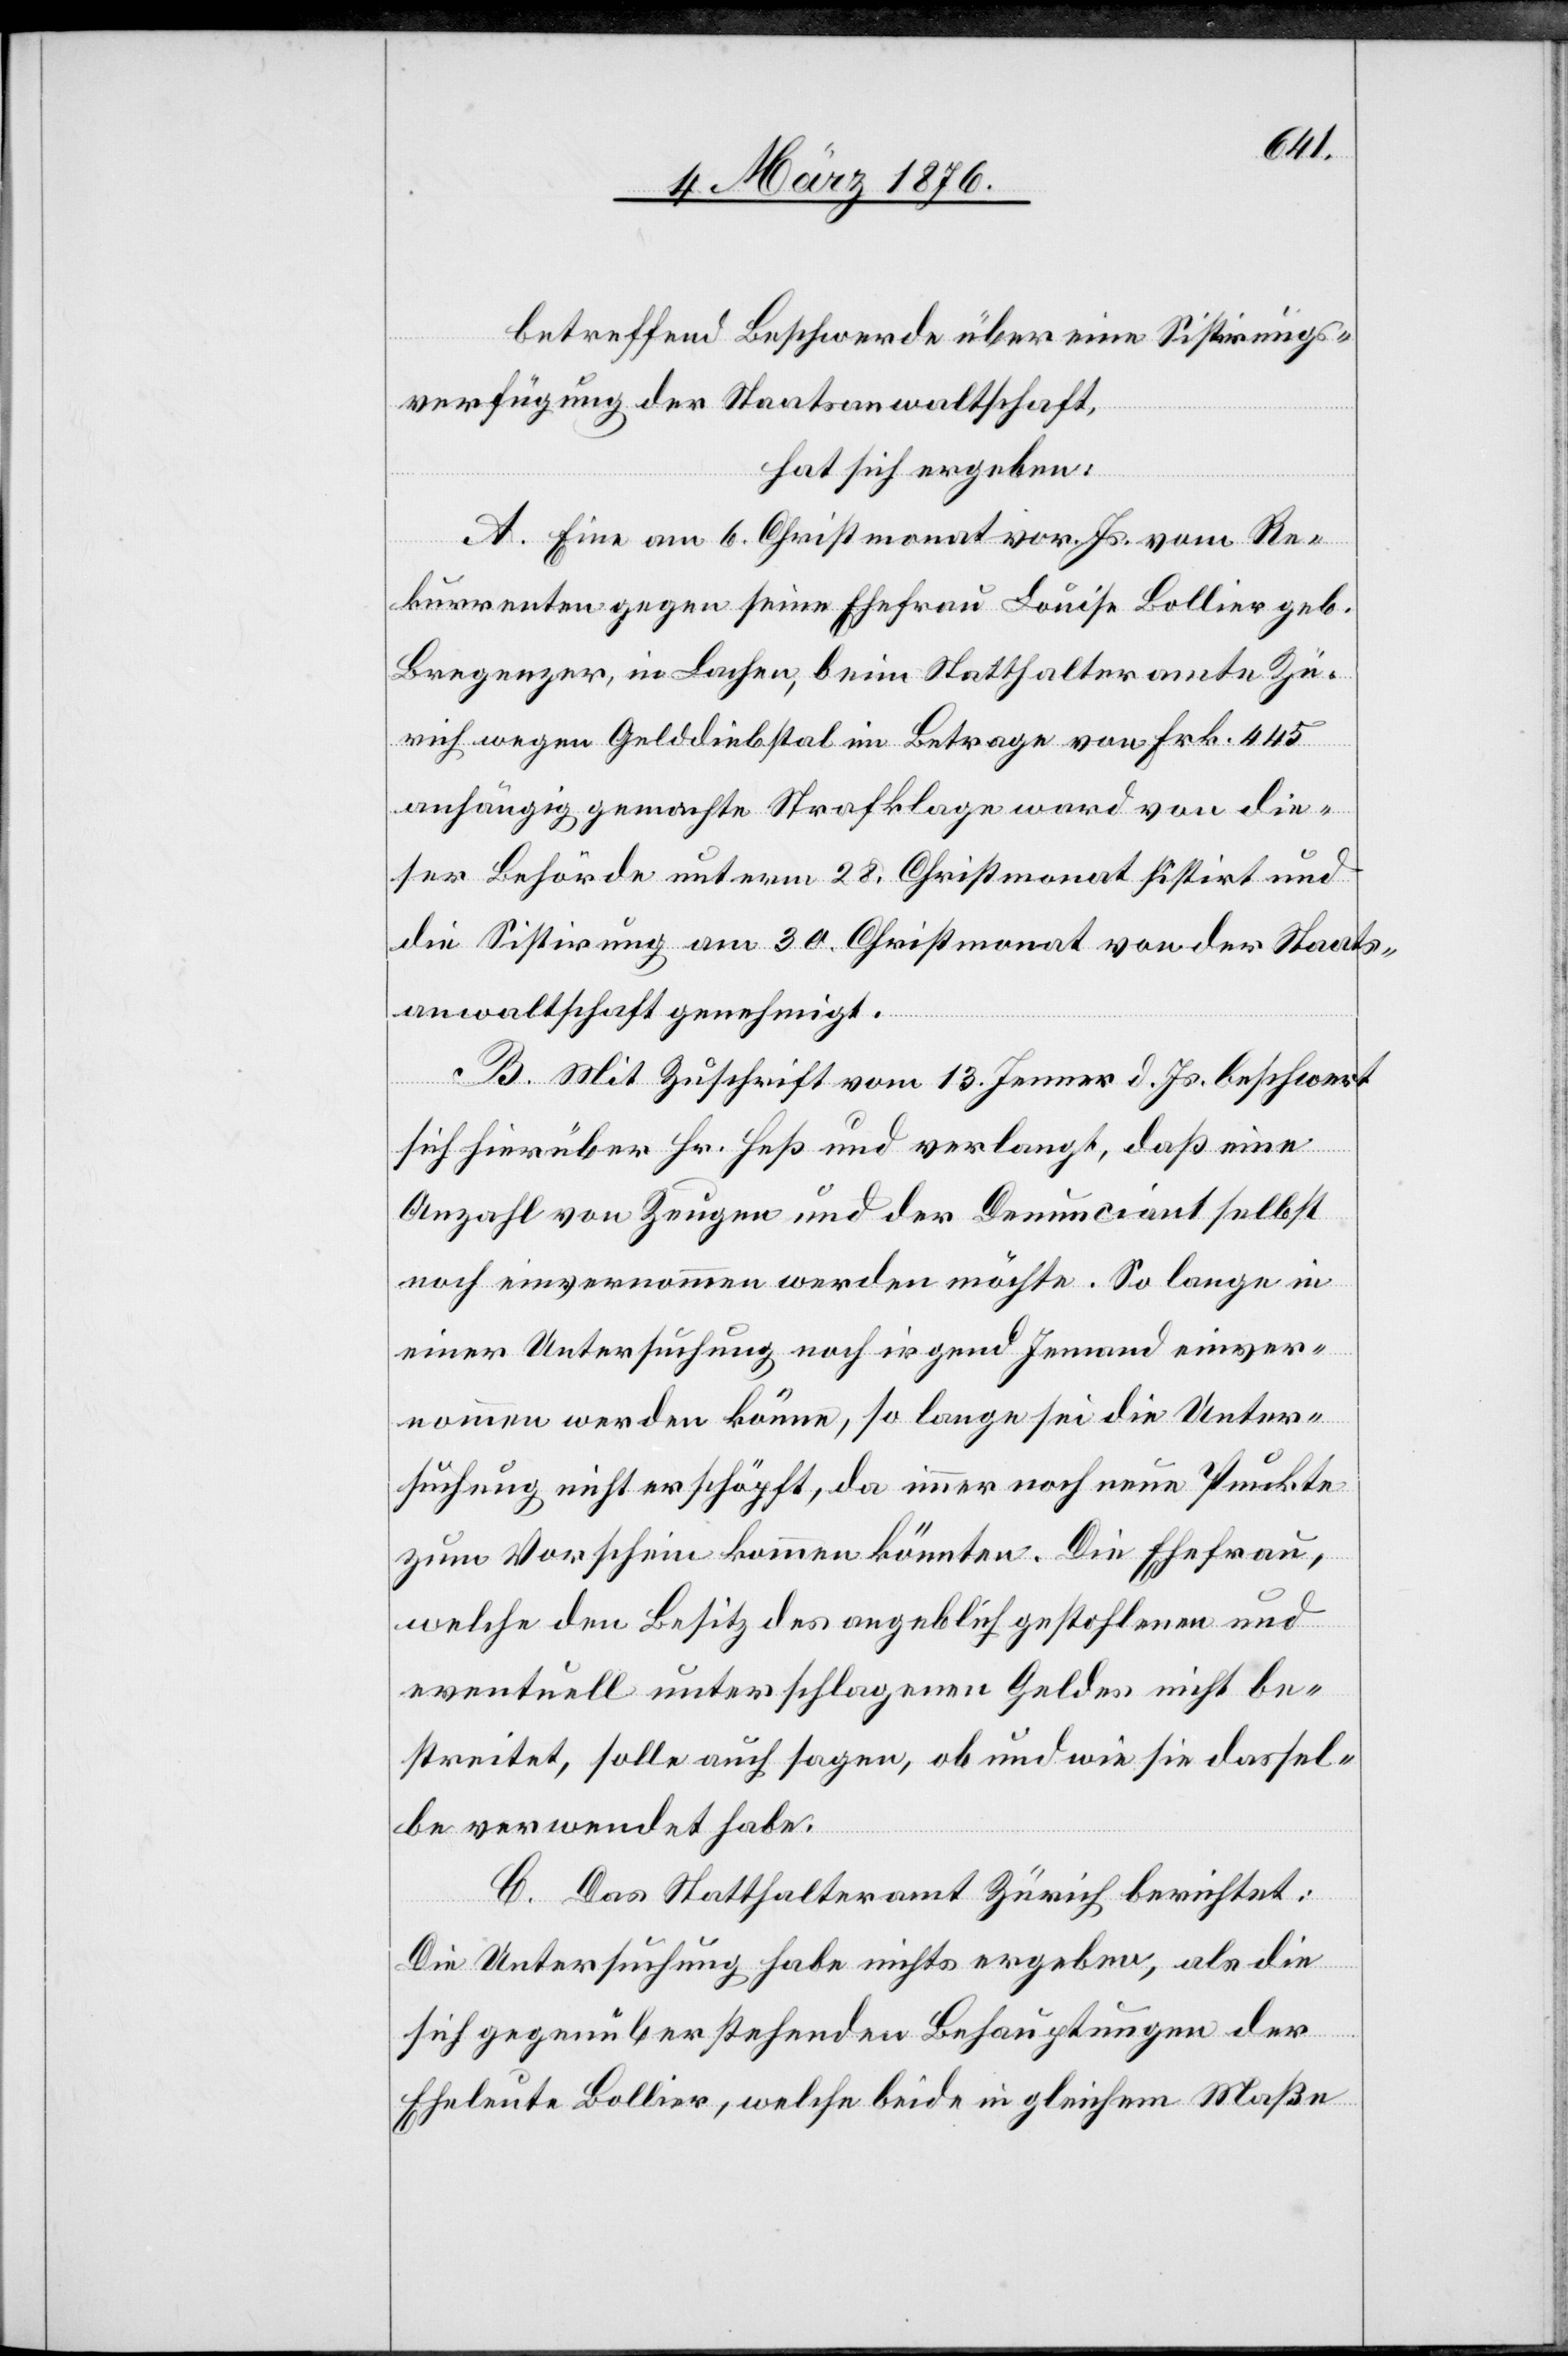
betreffend Beschwerde über eine Sistirungs¬
verfügung der Staatsanwaltschaft,
hat sich ergeben:
A. Eine vom 6. Christmonat vor. Js. vom Re¬
kurrenten gegen seine Ehefrau Louisa Bollier geb.
Bregenzer, in Lachen, beim Statthalteramte Zü¬
rich wegen Gelddiebstal im Betrage von Frk. 445
anhängig gemachte Strafklage ward von die¬
ser Behörde unterm 28. Christmonat sistirt und
die Sistirung am 30. Christmonat von der Staats¬
anwaltschaft genehmigt.
B. Mit Zuschrift vom 13. Jenner d. Js. beschwert
sich hierüber Hr. Heß und verlangt, daß eine
Anzahl von Zeugen und der Denunciant selbst
noch einvernommen werden möchte. So lange in
einer Untersuchung noch irgend Jemand einver¬
nommen werden könne, so lange sei die Unter¬
suchung nicht erschöpft, da immer noch neue Punkte
zum Vorschein kommen könnten. Die Ehefrau,
welche den Besitz des angeblich gestohlenen und
eventuell unterschlagenen Geldes nicht be¬
streitet, solle auch sagen, ob und wie sie dassel¬
be verwendet habe.
C. Das Statthalteramt Zürich berichtet:
Die Untersuchung habe nichts ergeben, als die
sich gegenüberstehenden Behauptungen der
Eheleute Bollier, welche beide in gleichem Maße